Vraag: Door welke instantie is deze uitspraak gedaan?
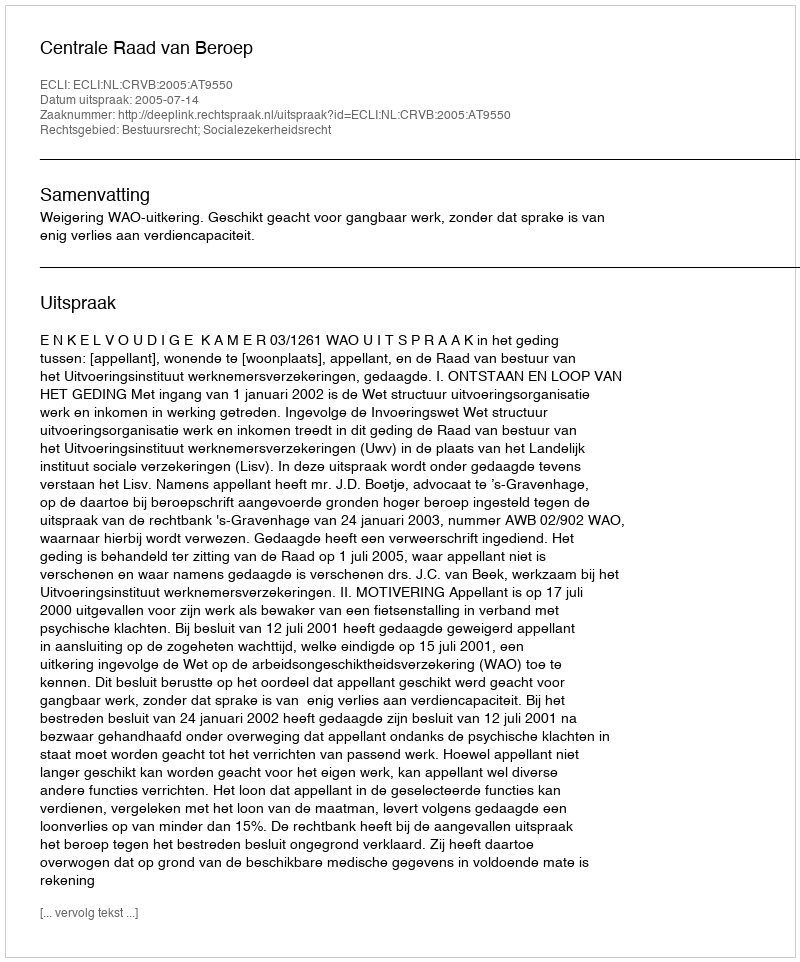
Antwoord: Centrale Raad van Beroep